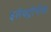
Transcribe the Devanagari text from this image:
इलेक्ट्रोनीक